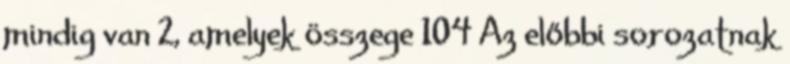
mindig van 2, amelyek összege 104 Az előbbi sorozatnak